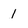
Character: 1